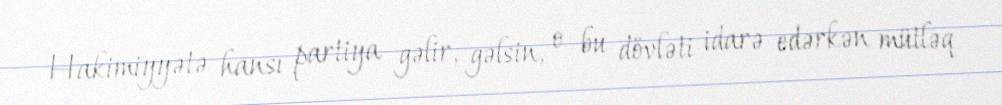
Hakimiyyətə hansı partiya gəlir, gəlsin, o bu dövləti idarə edərkən mütləq